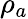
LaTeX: \rho_{a}